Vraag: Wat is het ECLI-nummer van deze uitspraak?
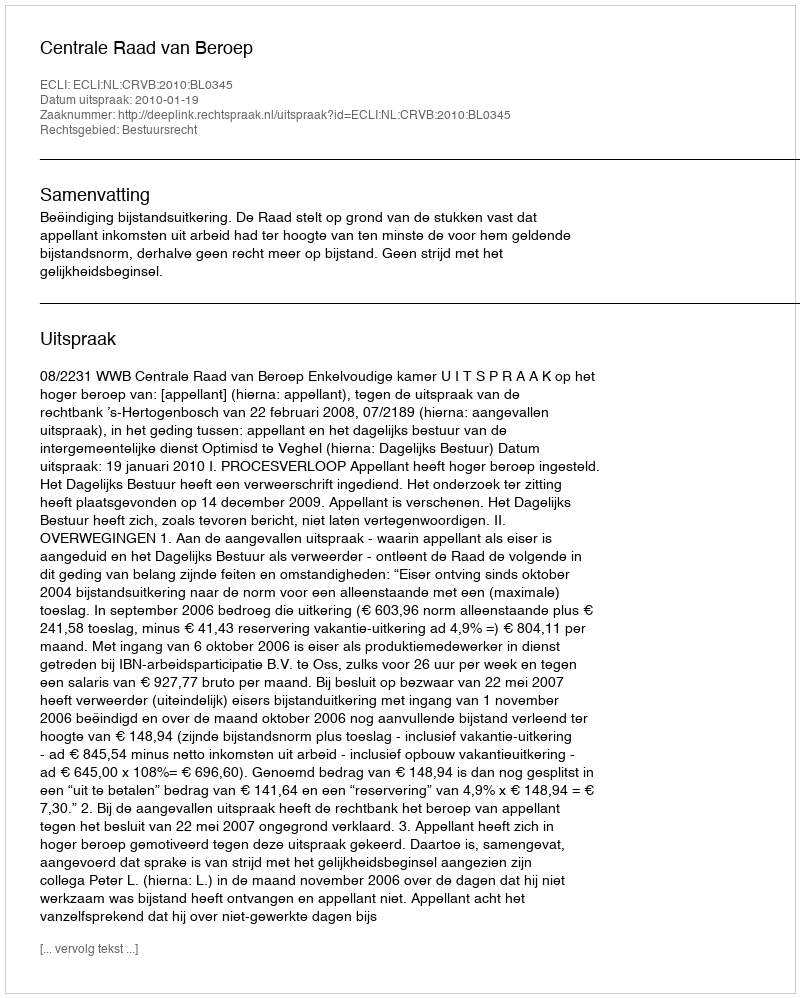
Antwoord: ECLI:NL:CRVB:2010:BL0345